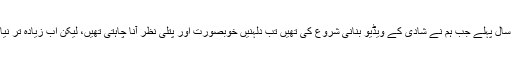
پون سنگھ کہتے ہیں: 'دس سال پہلے جب ہم نے شادی کے ویڈیو بنانی شروع کی تھیں تب دلہنیں خوبصورت اور پتلی نظر آنا چاہتی تھیں، لیکن اب زیادہ تر نیا نیا تجربہ کرنا چاہتی ہیں۔